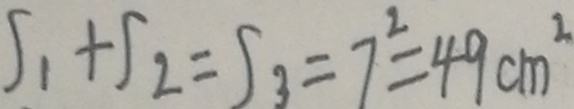
\int _ { 1 } + \int _ { 2 } = \int _ { 3 } = 7 ^ { 2 } = 4 9 c m ^ { 2 }